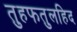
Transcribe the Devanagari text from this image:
तुहफतुलहिद